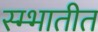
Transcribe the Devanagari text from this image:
स्म्भातीत